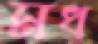
মধ